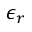
\epsilon _ { r }